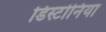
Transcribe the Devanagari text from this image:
डिस्टोनिया